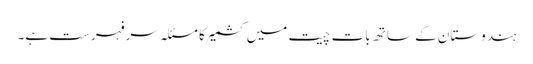
ہندوستان کے ساتھ بات چیت میں کشمیر کا مسئلہ سرفہرست ہے۔